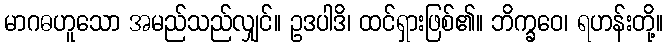
မာဂဓဟူသော အမည်သည်လျှင်။ ဥဒပါဒိ၊ ထင်ရှားဖြစ်၏။ ဘိက္ခဝေ၊ ရဟန်းတို့။